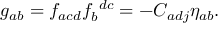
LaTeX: g _ { a b } = f _ { a c d } f _ { b } ^ { ~ d c } = - C _ { a d j } \eta _ { a b } .